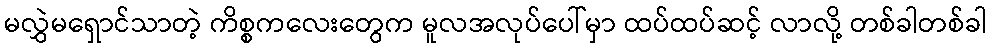
မလွှဲမရှောင်သာတဲ့ ကိစ္စကလေးတွေက မူလအလုပ်ပေါ်မှာ ထပ်ထပ်ဆင့် လာလို့ တစ်ခါတစ်ခါ